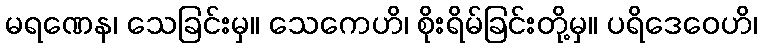
မရဏေန၊ သေခြင်းမှ။ သေကေဟိ၊ စိုးရိမ်ခြင်းတို့မှ။ ပရိဒေဝေဟိ၊